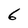
Character: 6